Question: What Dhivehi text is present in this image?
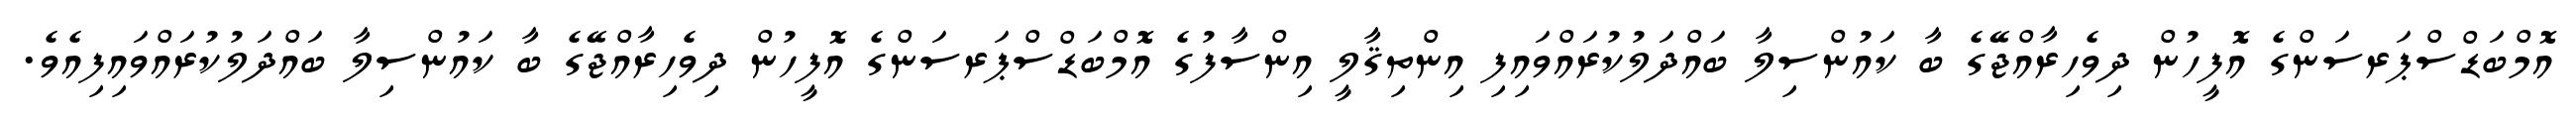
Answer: އޮމްބަޑްސްޕަރސަންގެ އޮފީހުން ދިވެހިރާއްޖޭގެ ބާ ކައުންސިލާ ބައްދަލުކުރައްވައިފި އިންތިޤާލީ އިންސާފުގެ އޮމްބަޑްސްޕަރސަންގެ އޮފީހުން ދިވެހިރާއްޖޭގެ ބާ ކައުންސިލާ ބައްދަލުކުރައްވައިފިއެވެ.